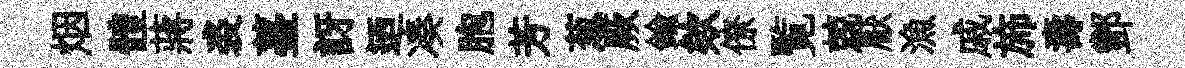
烟體蔣裘薹訝迺凑胞芳葱厥鍮欸僚覧兢厭漁戚斾夀酆